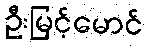
ဦးမြင့်မောင်